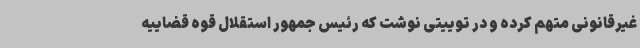
غیرقانونی متهم کرده و در توییتی نوشت که رئیس جمهور استقلال قوه قضاییه